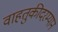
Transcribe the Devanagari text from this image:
वाहतुकीदरम्यान